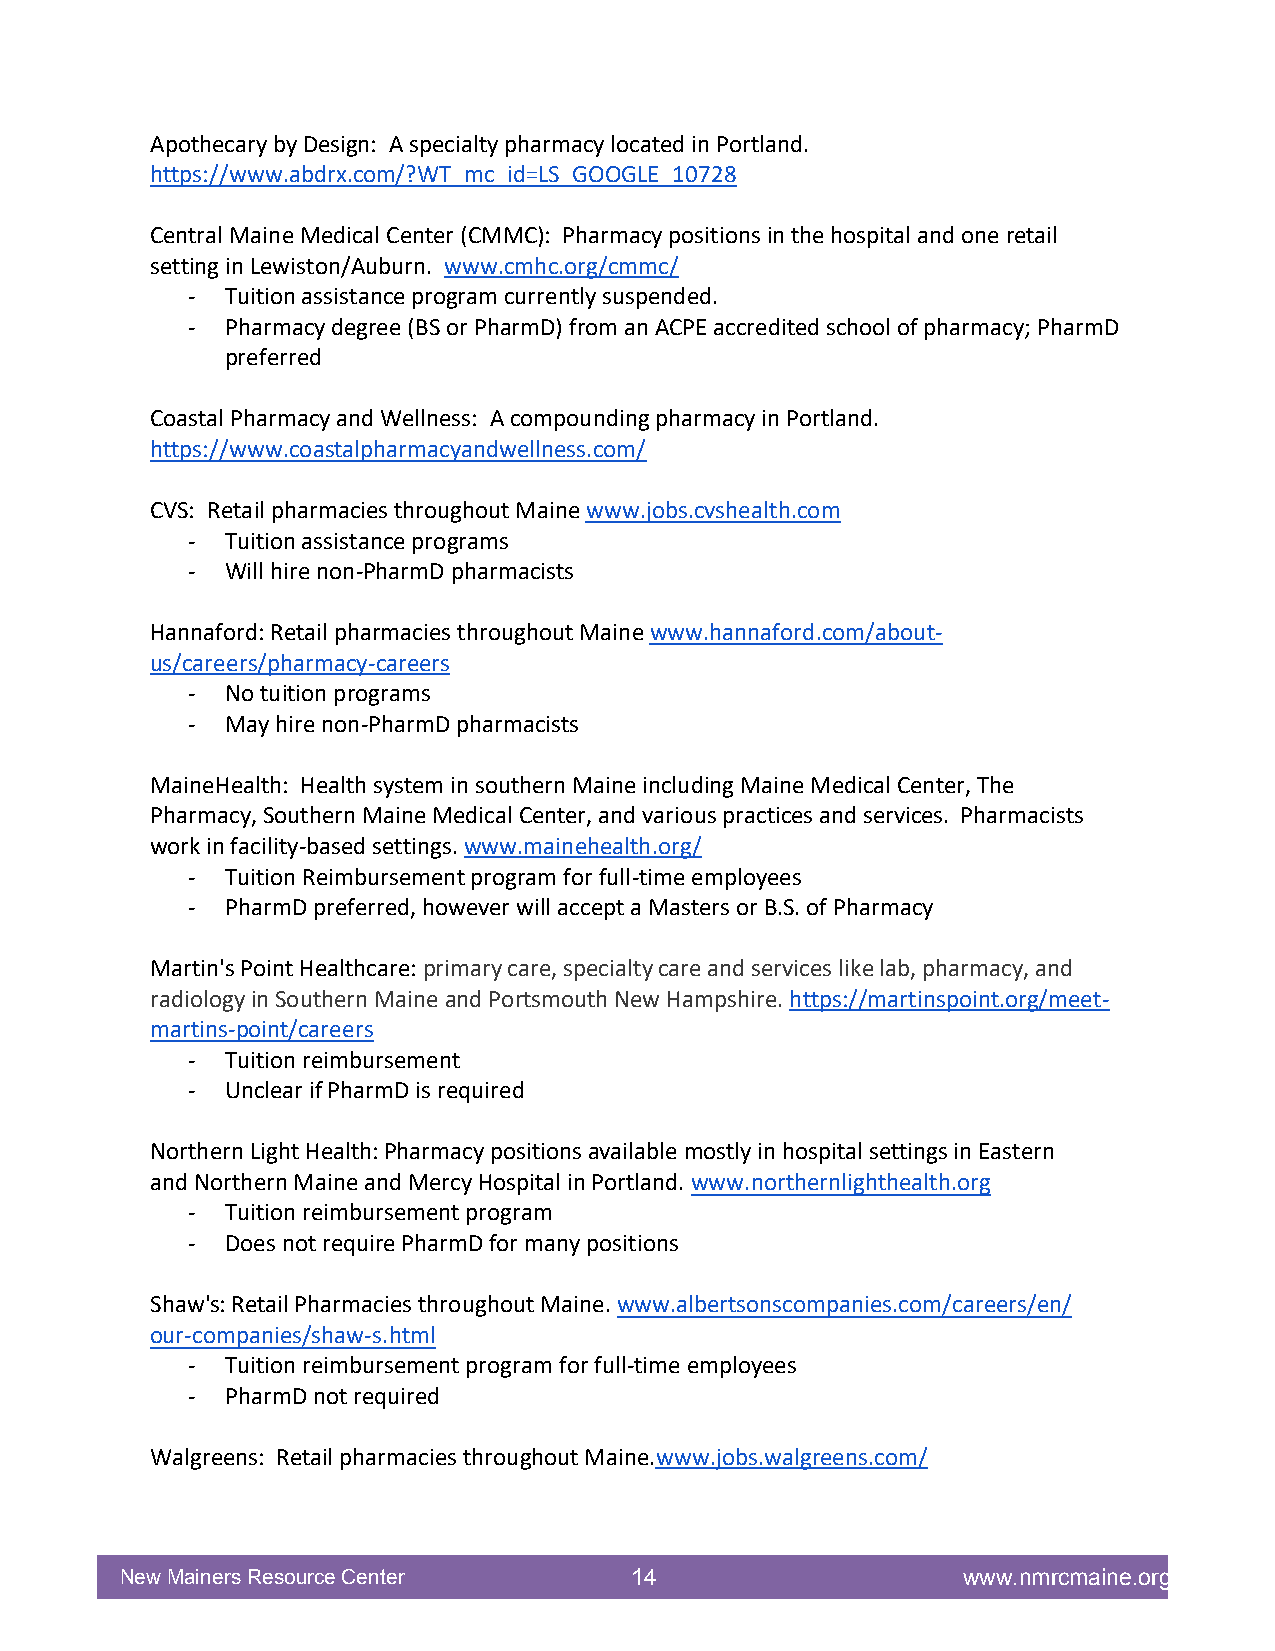
Apothecary by Design: A specialty pharmacy located in Portland.
 https://www.abdrx.com/?WT_mc_id=LS_GOOGLE_10728
 Central Maine Medical Center (CMMC): Pharmacy positions in the hospital and one retail
 setting in Lewiston/Auburn. www.cmhc.org/cmmc/
 -  Tuition assistance program currently suspended.
 -  Pharmacy degree (BS or PharmD) from an ACPE accredited school of pharmacy; PharmD
 preferred
 Coastal Pharmacy and Wellness: A compounding pharmacy in Portland.
 https://www.coastalpharmacyandwellness.com/
 CVS: Retail pharmacies throughout Maine www.jobs.cvshealth.com
 -  Tuition assistance programs
 -  Will hire non-PharmD pharmacists
 Hannaford: Retail pharmacies throughout Maine www.hannaford.com/about-
 us/careers/pharmacy-careers
 -  No tuition programs
 -  May hire non-PharmD pharmacists
 MaineHealth: Health system in southern Maine including Maine Medical Center, The
 Pharmacy, Southern Maine Medical Center, and various practices and services. Pharmacists
 work in facility-based settings. www.mainehealth.org/
 -  Tuition Reimbursement program for full-time employees
 -  PharmD preferred, however will accept a Masters or B.S. of Pharmacy
 Martin's Point Healthcare: primary care, specialty care and services like lab, pharmacy, and
 radiology in Southern Maine and Portsmouth New Hampshire. https://martinspoint.org/meet-
 martins-point/careers
 -  Tuition reimbursement
 -  Unclear if PharmD is required
 Northern Light Health: Pharmacy positions available mostly in hospital settings in Eastern
 and Northern Maine and Mercy Hospital in Portland. www.northernlighthealth.org
 -  Tuition reimbursement program
 -  Does not require PharmD for many positions
 Shaw's: Retail Pharmacies throughout Maine. www.albertsonscompanies.com/careers/en/
 our-companies/shaw-s.html
 -  Tuition reimbursement program for full-time employees
 -  PharmD not required
 Walgreens: Retail pharmacies throughout Maine.www.jobs.walgreens.com/
 New Mainers Resource Center       14                    www.nmrcmaine.org